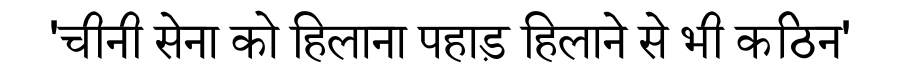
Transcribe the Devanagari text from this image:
'चीनी सेना को हिलाना पहाड़ हिलाने से भी कठिन'